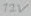
Text: 12V